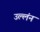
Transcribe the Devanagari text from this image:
उल्लंन